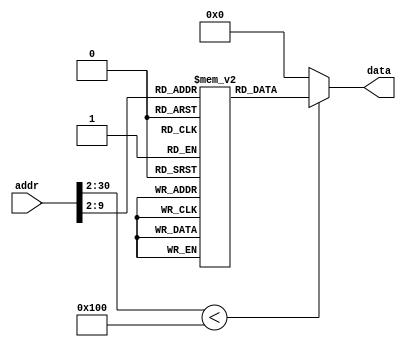
module ROM(
    input [30:0] addr,
    output [31:0] data
);

localparam ROM_SIZE = 256;
(* rom_style = "distributed" *) reg [31:0] ROMDATA[ROM_SIZE-1:0];

assign data = addr[30:2]<ROM_SIZE ? ROMDATA[addr[30:2]] : 32'b0;

integer i;
initial begin
    ROMDATA[31'h00000000] <= 32'h08000002; //                     j Initialization
    ROMDATA[31'h00000001] <= 32'h0800001f; //                     j Interrupt
    ROMDATA[31'h00000002] <= 32'h3c084000; // Initialization:     lui $t0, 16384
    ROMDATA[31'h00000003] <= 32'h2109000c; //                     addi $t1, $t0, 12
    ROMDATA[31'h00000004] <= 32'h210a0014; //                     addi $t2, $t0, 20
    ROMDATA[31'h00000005] <= 32'h210c001c; //                     addi $t4, $t0, 28
    ROMDATA[31'h00000006] <= 32'h200d0000; //                     addi $t5, $zero, 0
    ROMDATA[31'h00000007] <= 32'h20190000; //                     addi $t9, $zero, 0
    ROMDATA[31'h00000008] <= 32'h3c0effff; //                     lui $t6, 65535
    ROMDATA[31'h00000009] <= 32'h35ce3caf; //                     ori $t6, $t6, 15535
    ROMDATA[31'h0000000a] <= 32'had0e0000; //                     sw $t6, 0($t0)
    ROMDATA[31'h0000000b] <= 32'h3c0effff; //                     lui $t6, 65535
    ROMDATA[31'h0000000c] <= 32'h35ceffff; //                     ori $t6, $t6, 65535
    ROMDATA[31'h0000000d] <= 32'had0e0004; //                     sw $t6, 4($t0)
    ROMDATA[31'h0000000e] <= 32'h200e0003; //                     addi $t6, $zero, 3
    ROMDATA[31'h0000000f] <= 32'had0e0008; //                     sw $t6, 8($t0)
    ROMDATA[31'h00000010] <= 32'h201f004c; //                     addi $ra, $zero, 76
    ROMDATA[31'h00000011] <= 32'had0e0008; //                     sw $t6, 8($t0)
    ROMDATA[31'h00000012] <= 32'h03e00008; //                     jr $ra
    ROMDATA[31'h00000013] <= 32'h8d0e0020; // Read:               lw $t6, 32($t0)
    ROMDATA[31'h00000014] <= 32'h000e70c2; //                     srl $t6, $t6, 3
    ROMDATA[31'h00000015] <= 32'h21ceffff; //                     addi $t6, $t6, -1
    ROMDATA[31'h00000016] <= 32'h00000000; //                     nop
    ROMDATA[31'h00000017] <= 32'h11c00001; //                     beqz $t6, Load2
    ROMDATA[31'h00000018] <= 32'h08000013; //                     j Read
    ROMDATA[31'h00000019] <= 32'h13200002; // Load2:              beqz $t9, Load1
    ROMDATA[31'h0000001a] <= 32'h8d910000; //                     lw $s1, 0($t4)
    ROMDATA[31'h0000001b] <= 32'h08000095; //                     j Main
    ROMDATA[31'h0000001c] <= 32'h8d900000; // Load1:              lw $s0, 0($t4)
    ROMDATA[31'h0000001d] <= 32'h23390001; //                     addi $t9, $t9, 1
    ROMDATA[31'h0000001e] <= 32'h08000013; //                     j Read
    ROMDATA[31'h0000001f] <= 32'h200e0000; // Interrupt:          addi $t6, $zero, 0
    ROMDATA[31'h00000020] <= 32'had0e0008; //                     sw $t6, 8($t0)
    ROMDATA[31'h00000021] <= 32'h11a00009; //                     beqz $t5, Num1
    ROMDATA[31'h00000022] <= 32'h21aeffff; //                     addi $t6, $t5, -1
    ROMDATA[31'h00000023] <= 32'h00000000; //                     nop
    ROMDATA[31'h00000024] <= 32'h11c00011; //                     beqz $t6, Num2
    ROMDATA[31'h00000025] <= 32'h21aefffe; //                     addi $t6, $t5, -2
    ROMDATA[31'h00000026] <= 32'h00000000; //                     nop
    ROMDATA[31'h00000027] <= 32'h11c00018; //                     beqz $t6, Num3
    ROMDATA[31'h00000028] <= 32'h21aefffd; //                     addi $t6, $t5, -3
    ROMDATA[31'h00000029] <= 32'h00000000; //                     nop
    ROMDATA[31'h0000002a] <= 32'h11c00020; //                     beqz $t6, Num4
    ROMDATA[31'h0000002b] <= 32'h00109700; // Num1:               sll $s2, $s0, 28
    ROMDATA[31'h0000002c] <= 32'h00129702; //                     srl $s2, $s2, 28
    ROMDATA[31'h0000002d] <= 32'h0c000055; //                     jal Translate1
    ROMDATA[31'h0000002e] <= 32'h22520e00; //                     addi $s2, $s2, 3584
    ROMDATA[31'h0000002f] <= 32'had520000; //                     sw $s2, 0($t2)
    ROMDATA[31'h00000030] <= 32'h21ad0001; //                     addi $t5, $t5, 1
    ROMDATA[31'h00000031] <= 32'h200e0003; //                     addi $t6, $zero, 3
    ROMDATA[31'h00000032] <= 32'had0e0008; //                     sw $t6, 8($t0)
    ROMDATA[31'h00000033] <= 32'h235afffc; //                     addi $26, $26, -4
    ROMDATA[31'h00000034] <= 32'h00000000; //                     nop
    ROMDATA[31'h00000035] <= 32'h03400008; //                     jr $26
    ROMDATA[31'h00000036] <= 32'h00109102; // Num2:               srl $s2, $s0, 4
    ROMDATA[31'h00000037] <= 32'h0c000055; //                     jal Translate1
    ROMDATA[31'h00000038] <= 32'h22520d00; //                     addi $s2, $s2, 3328
    ROMDATA[31'h00000039] <= 32'had520000; //                     sw $s2, 0($t2)
    ROMDATA[31'h0000003a] <= 32'h21ad0001; //                     addi $t5, $t5, 1
    ROMDATA[31'h0000003b] <= 32'h200e0003; //                     addi $t6, $zero, 3
    ROMDATA[31'h0000003c] <= 32'had0e0008; //                     sw $t6, 8($t0)
    ROMDATA[31'h0000003d] <= 32'h235afffc; //                     addi $26, $26, -4
    ROMDATA[31'h0000003e] <= 32'h00000000; //                     nop
    ROMDATA[31'h0000003f] <= 32'h03400008; //                     jr $26
    ROMDATA[31'h00000040] <= 32'h00119700; // Num3:               sll $s2, $s1, 28
    ROMDATA[31'h00000041] <= 32'h00129702; //                     srl $s2, $s2, 28
    ROMDATA[31'h00000042] <= 32'h0c000055; //                     jal Translate1
    ROMDATA[31'h00000043] <= 32'h22520b00; //                     addi $s2, $s2, 2816
    ROMDATA[31'h00000044] <= 32'had520000; //                     sw $s2, 0($t2)
    ROMDATA[31'h00000045] <= 32'h21ad0001; //                     addi $t5, $t5, 1
    ROMDATA[31'h00000046] <= 32'h200e0003; //                     addi $t6, $zero, 3
    ROMDATA[31'h00000047] <= 32'had0e0008; //                     sw $t6, 8($t0)
    ROMDATA[31'h00000048] <= 32'h235afffc; //                     addi $26, $26, -4
    ROMDATA[31'h00000049] <= 32'h00000000; //                     nop
    ROMDATA[31'h0000004a] <= 32'h03400008; //                     jr $26
    ROMDATA[31'h0000004b] <= 32'h00119102; // Num4:               srl $s2, $s1, 4
    ROMDATA[31'h0000004c] <= 32'h0c000055; //                     jal Translate1
    ROMDATA[31'h0000004d] <= 32'h22520700; //                     addi $s2, $s2, 1792
    ROMDATA[31'h0000004e] <= 32'had520000; //                     sw $s2, 0($t2)
    ROMDATA[31'h0000004f] <= 32'h200d0000; //                     addi $t5, $zero, 0
    ROMDATA[31'h00000050] <= 32'h200e0003; //                     addi $t6, $zero, 3
    ROMDATA[31'h00000051] <= 32'had0e0008; //                     sw $t6, 8($t0)
    ROMDATA[31'h00000052] <= 32'h235afffc; //                     addi $26, $26, -4
    ROMDATA[31'h00000053] <= 32'h00000000; //                     nop
    ROMDATA[31'h00000054] <= 32'h03400008; //                     jr $26
    ROMDATA[31'h00000055] <= 32'h200f0003; // Translate1:         addi $t7, $zero, 3
    ROMDATA[31'h00000056] <= 32'h1240003c; //                     beqz $s2, Translate2
    ROMDATA[31'h00000057] <= 32'h200f009f; //                     addi $t7, $zero, 159
    ROMDATA[31'h00000058] <= 32'h2258ffff; //                     addi $t8, $s2, -1
    ROMDATA[31'h00000059] <= 32'h00000000; //                     nop
    ROMDATA[31'h0000005a] <= 32'h13000038; //                     beqz $t8, Translate2
    ROMDATA[31'h0000005b] <= 32'h200f0025; //                     addi $t7, $zero, 37
    ROMDATA[31'h0000005c] <= 32'h2258fffe; //                     addi $t8, $s2, -2
    ROMDATA[31'h0000005d] <= 32'h00000000; //                     nop
    ROMDATA[31'h0000005e] <= 32'h13000034; //                     beqz $t8, Translate2
    ROMDATA[31'h0000005f] <= 32'h200f000d; //                     addi $t7, $zero, 13
    ROMDATA[31'h00000060] <= 32'h2258fffd; //                     addi $t8, $s2, -3
    ROMDATA[31'h00000061] <= 32'h00000000; //                     nop
    ROMDATA[31'h00000062] <= 32'h13000030; //                     beqz $t8, Translate2
    ROMDATA[31'h00000063] <= 32'h200f0099; //                     addi $t7, $zero, 153
    ROMDATA[31'h00000064] <= 32'h2258fffc; //                     addi $t8, $s2, -4
    ROMDATA[31'h00000065] <= 32'h00000000; //                     nop
    ROMDATA[31'h00000066] <= 32'h1300002c; //                     beqz $t8, Translate2
    ROMDATA[31'h00000067] <= 32'h200f0049; //                     addi $t7, $zero, 73
    ROMDATA[31'h00000068] <= 32'h2258fffb; //                     addi $t8, $s2, -5
    ROMDATA[31'h00000069] <= 32'h00000000; //                     nop
    ROMDATA[31'h0000006a] <= 32'h13000028; //                     beqz $t8, Translate2
    ROMDATA[31'h0000006b] <= 32'h200f0041; //                     addi $t7, $zero, 65
    ROMDATA[31'h0000006c] <= 32'h2258fffa; //                     addi $t8, $s2, -6
    ROMDATA[31'h0000006d] <= 32'h00000000; //                     nop
    ROMDATA[31'h0000006e] <= 32'h13000024; //                     beqz $t8, Translate2
    ROMDATA[31'h0000006f] <= 32'h200f001f; //                     addi $t7, $zero, 31
    ROMDATA[31'h00000070] <= 32'h2258fff9; //                     addi $t8, $s2, -7
    ROMDATA[31'h00000071] <= 32'h00000000; //                     nop
    ROMDATA[31'h00000072] <= 32'h13000020; //                     beqz $t8, Translate2
    ROMDATA[31'h00000073] <= 32'h200f0001; //                     addi $t7, $zero, 1
    ROMDATA[31'h00000074] <= 32'h2258fff8; //                     addi $t8, $s2, -8
    ROMDATA[31'h00000075] <= 32'h00000000; //                     nop
    ROMDATA[31'h00000076] <= 32'h1300001c; //                     beqz $t8, Translate2
    ROMDATA[31'h00000077] <= 32'h200f0009; //                     addi $t7, $zero, 9
    ROMDATA[31'h00000078] <= 32'h2258fff7; //                     addi $t8, $s2, -9
    ROMDATA[31'h00000079] <= 32'h00000000; //                     nop
    ROMDATA[31'h0000007a] <= 32'h13000018; //                     beqz $t8, Translate2
    ROMDATA[31'h0000007b] <= 32'h200f0011; //                     addi $t7, $zero, 17
    ROMDATA[31'h0000007c] <= 32'h2258fff6; //                     addi $t8, $s2, -10
    ROMDATA[31'h0000007d] <= 32'h00000000; //                     nop
    ROMDATA[31'h0000007e] <= 32'h13000014; //                     beqz $t8, Translate2
    ROMDATA[31'h0000007f] <= 32'h200f00c1; //                     addi $t7, $zero, 193
    ROMDATA[31'h00000080] <= 32'h2258fff5; //                     addi $t8, $s2, -11
    ROMDATA[31'h00000081] <= 32'h00000000; //                     nop
    ROMDATA[31'h00000082] <= 32'h13000010; //                     beqz $t8, Translate2
    ROMDATA[31'h00000083] <= 32'h200f0063; //                     addi $t7, $zero, 99
    ROMDATA[31'h00000084] <= 32'h2258fff4; //                     addi $t8, $s2, -12
    ROMDATA[31'h00000085] <= 32'h00000000; //                     nop
    ROMDATA[31'h00000086] <= 32'h1300000c; //                     beqz $t8, Translate2
    ROMDATA[31'h00000087] <= 32'h200f0085; //                     addi $t7, $zero, 133
    ROMDATA[31'h00000088] <= 32'h2258fff3; //                     addi $t8, $s2, -13
    ROMDATA[31'h00000089] <= 32'h00000000; //                     nop
    ROMDATA[31'h0000008a] <= 32'h13000008; //                     beqz $t8, Translate2
    ROMDATA[31'h0000008b] <= 32'h200f0061; //                     addi $t7, $zero, 97
    ROMDATA[31'h0000008c] <= 32'h2258fff2; //                     addi $t8, $s2, -14
    ROMDATA[31'h0000008d] <= 32'h00000000; //                     nop
    ROMDATA[31'h0000008e] <= 32'h13000004; //                     beqz $t8, Translate2
    ROMDATA[31'h0000008f] <= 32'h200f0071; //                     addi $t7, $zero, 113
    ROMDATA[31'h00000090] <= 32'h2258fff1; //                     addi $t8, $s2, -15
    ROMDATA[31'h00000091] <= 32'h00000000; //                     nop
    ROMDATA[31'h00000092] <= 32'h13000000; //                     beqz $t8, Translate2
    ROMDATA[31'h00000093] <= 32'h000f9020; // Translate2:         add $s2, $zero, $t7
    ROMDATA[31'h00000094] <= 32'h03e00008; //                     jr $ra
    ROMDATA[31'h00000095] <= 32'h1211000e; // Main:               beq $s0, $s1, Res1
    ROMDATA[31'h00000096] <= 32'h22130000; //                     addi $s3, $s0, 0
    ROMDATA[31'h00000097] <= 32'h22340000; //                     addi $s4, $s1, 0
    ROMDATA[31'h00000098] <= 32'h00000000; // Loop1:              nop
    ROMDATA[31'h00000099] <= 32'h1e740005; //                     bgt $s3, $s4, Loop2
    ROMDATA[31'h0000009a] <= 32'h02935822; //                     sub $t3, $s4, $s3
    ROMDATA[31'h0000009b] <= 32'h00000000; //                     nop
    ROMDATA[31'h0000009c] <= 32'h126b0009; //                     beq $s3, $t3, Res2
    ROMDATA[31'h0000009d] <= 32'h21740000; //                     addi $s4, $t3, 0
    ROMDATA[31'h0000009e] <= 32'h08000098; //                     j Loop1
    ROMDATA[31'h0000009f] <= 32'h02745822; // Loop2:              sub $t3, $s3, $s4
    ROMDATA[31'h000000a0] <= 32'h00000000; //                     nop
    ROMDATA[31'h000000a1] <= 32'h128b0004; //                     beq $s4, $t3, Res2
    ROMDATA[31'h000000a2] <= 32'h21730000; //                     addi $s3, $t3, 0
    ROMDATA[31'h000000a3] <= 32'h08000098; //                     j Loop1
    ROMDATA[31'h000000a4] <= 32'h22240000; // Res1:               addi $a0, $s1, 0
    ROMDATA[31'h000000a5] <= 32'h208b0000; //                     addi $t3, $a0, 0
    ROMDATA[31'h000000a6] <= 32'h21640000; // Res2:               addi $a0, $t3, 0
    ROMDATA[31'h000000a7] <= 32'had240000; //                     sw $a0, 0($t1)
    ROMDATA[31'h000000a8] <= 32'had040018; //                     sw $a0, 24($t0)
    ROMDATA[31'h000000a9] <= 32'h08000002; //                     j Initialization
    for (i=170; i<ROM_SIZE; i=i+1) begin
        ROMDATA[i] <= 32'b0;
    end
end
endmodule